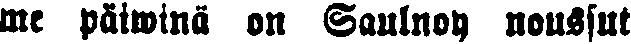
me päiwinä on Saulnoy noussut